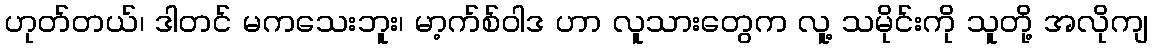
ဟုတ်တယ်၊ ဒါတင် မကသေးဘူး၊ မာ့က်စ်ဝါဒ ဟာ လူသားတွေက လူ့ သမိုင်းကို သူတို့ အလိုကျ